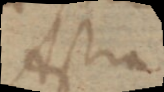
Astra